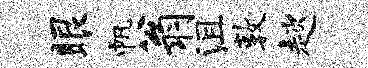
眼帆翁沮敦趑